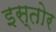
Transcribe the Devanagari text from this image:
इस्तोर